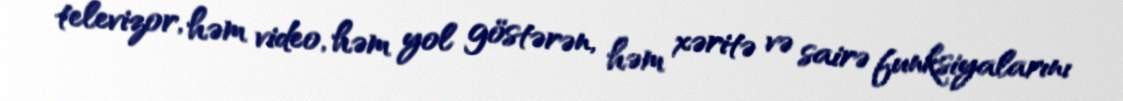
televizor, həm video, həm yol göstərən, həm xəritə və sairə funksiyalarını